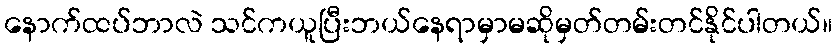
နောက်ထပ်ဘာလဲ သင်ကယူပြီးဘယ်နေရာမှာမဆိုမှတ်တမ်းတင်နိုင်ပါတယ်။